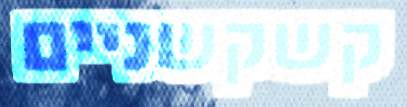
קשקשניים